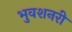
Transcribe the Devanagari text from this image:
भुवशनरी